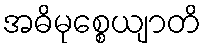
အဓိမုစ္စေယျာတိ